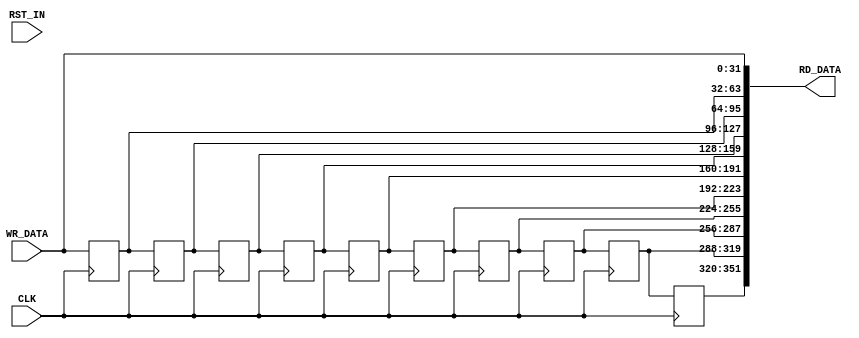
module shiftreg_1
    #(
      parameter C_DEPTH=10,
      parameter C_WIDTH=32
      )
    (
     input                            CLK,
     input                            RST_IN,
     input [C_WIDTH-1:0]              WR_DATA,
     output [(C_DEPTH+1)*C_WIDTH-1:0] RD_DATA
     );
    wire [(C_DEPTH+1)*C_WIDTH-1:0]    wDataShift;
    reg [C_WIDTH-1:0]                 rDataShift[C_DEPTH:0];
    assign wDataShift[(C_WIDTH*0)+:C_WIDTH] = WR_DATA;
    always @(posedge CLK) begin
        rDataShift[0] <= WR_DATA;
    end
    genvar                                     i;
    generate
        for (i = 1 ; i <= C_DEPTH; i = i + 1) begin : gen_sr_registers
            assign wDataShift[(C_WIDTH*i)+:C_WIDTH] = rDataShift[i-1];
            always @(posedge CLK) begin
                rDataShift[i] <= rDataShift[i-1];
            end
        end
    endgenerate
    assign RD_DATA = wDataShift;
endmodule